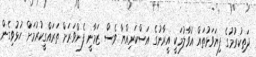
ދަތިކުރުމުގެ ފިޔަވަޅުތައް އުވާލުމަކީ އީރާނުގެ އަސްކަރިއްޔާ ވެސް ޒަމާނީ ފެންވަރަށް ތަރައްގީކުރުމަށް ހުޅުވިގެން